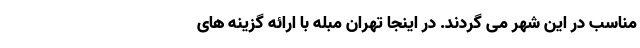
مناسب در این شهر می گردند. در اینجا تهران مبله با ارائه گزینه های